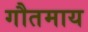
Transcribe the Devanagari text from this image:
गौतमाय